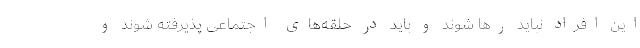
این افراد نباید رها شوند و باید در حلقه‌های اجتماعی پذیرفته شوند و